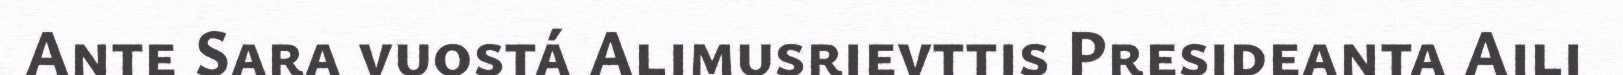
Ante Sara vuostá Alimusrievttis Presideanta Aili